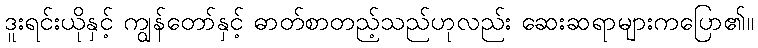
ဒူးရင်းယိုနှင့် ကျွန်တော်နှင့် ဓာတ်စာတည့်သည်ဟုလည်း ဆေးဆရာများကပြော၏။